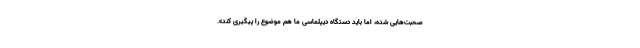
صحبت‌هایی شده، اما باید دستگاه دیپلماسی ما هم موضوع را پیگیری کند».